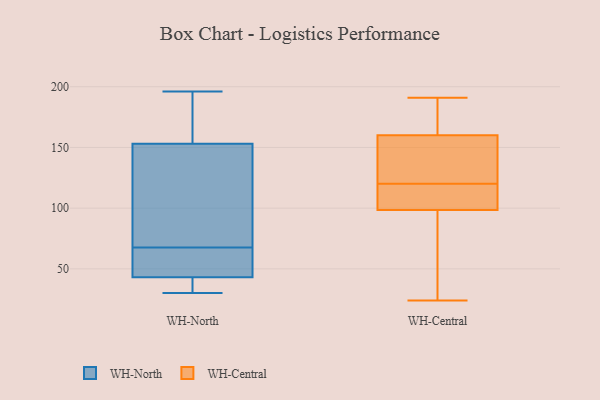
{"axis": {"x": "Humidity (%)", "y": "Value"}, "legend": ["WH-Central", "WH-North"], "data": [{"x": "", "y": 44, "type": "WH-North"}, {"x": "", "y": 67, "type": "WH-North"}, {"x": "", "y": 183, "type": "WH-North"}, {"x": "", "y": 30, "type": "WH-North"}, {"x": "", "y": 112, "type": "WH-North"}, {"x": "", "y": 48, "type": "WH-North"}, {"x": "", "y": 31, "type": "WH-North"}, {"x": "", "y": 161, "type": "WH-North"}, {"x": "", "y": 68, "type": "WH-North"}, {"x": "", "y": 196, "type": "WH-North"}, {"x": "", "y": 42, "type": "WH-North"}, {"x": "", "y": 145, "type": "WH-North"}, {"x": "", "y": 100, "type": "WH-Central"}, {"x": "", "y": 122, "type": "WH-Central"}, {"x": "", "y": 98, "type": "WH-Central"}, {"x": "", "y": 114, "type": "WH-Central"}, {"x": "", "y": 108, "type": "WH-Central"}, {"x": "", "y": 160, "type": "WH-Central"}, {"x": "", "y": 43, "type": "WH-Central"}, {"x": "", "y": 24, "type": "WH-Central"}, {"x": "", "y": 191, "type": "WH-Central"}, {"x": "", "y": 185, "type": "WH-Central"}, {"x": "", "y": 121, "type": "WH-Central"}, {"x": "", "y": 69, "type": "WH-Central"}, {"x": "", "y": 160, "type": "WH-Central"}, {"x": "", "y": 34, "type": "WH-Central"}, {"x": "", "y": 187, "type": "WH-Central"}, {"x": "", "y": 159, "type": "WH-Central"}, {"x": "", "y": 188, "type": "WH-Central"}, {"x": "", "y": 102, "type": "WH-Central"}, {"x": "", "y": 120, "type": "WH-Central"}]}